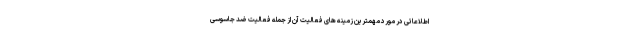
اطلاعاتی در مورد مهمترین زمینه های فعالیت آن از جمله فعالیت ضد جاسوسی